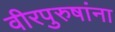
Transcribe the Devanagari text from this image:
वीरपुरुषांना